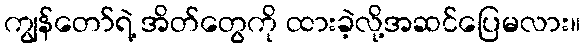
ကျွန်တော်ရဲ့ အိတ်တွေကို ထားခဲ့လို့အဆင်ပြေမလား။